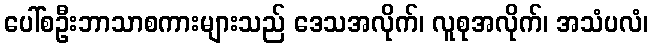
ပေါ်စဦးဘာသာစကားများသည် ဒေသအလိုက်၊ လူစုအလိုက်၊ အသံပလံ၊